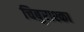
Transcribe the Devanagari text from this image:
चिबुराश्का